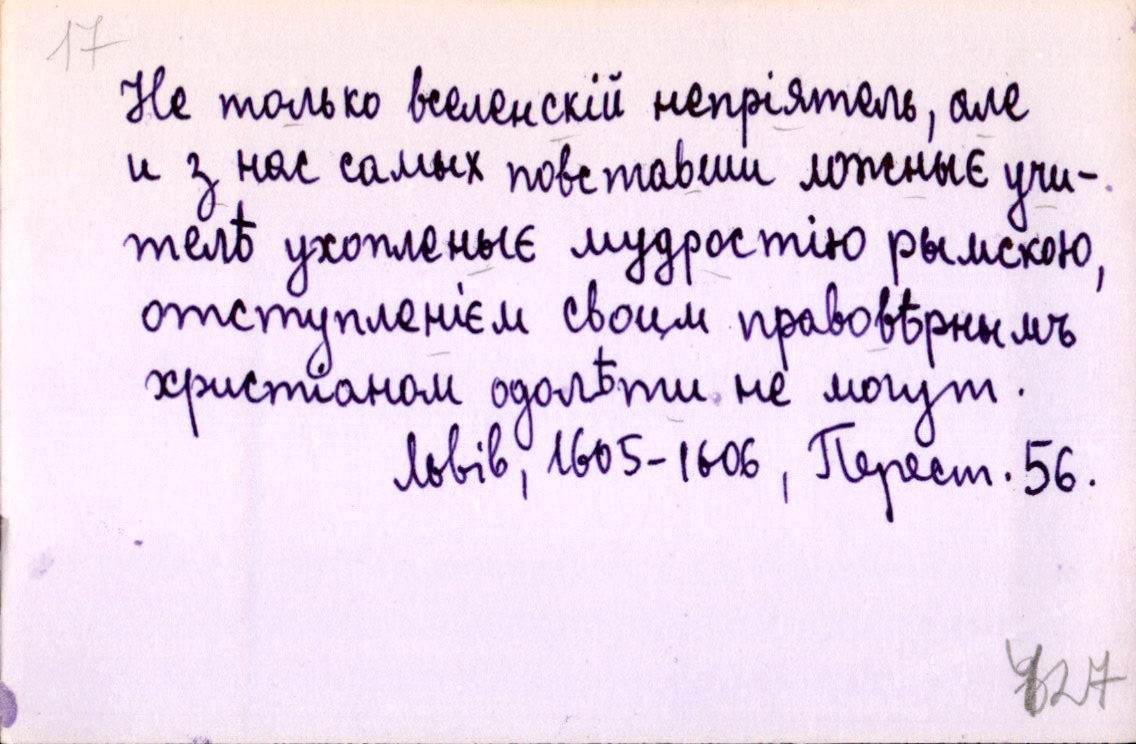
Не только вселенскій непріятель, але
и з нас самых повставши ложныє учи-
телѣ ухопленыє мудростію рымскою,
отступленієм своим правовѣрнымъ
христіаном одолѣти не могут.
Львів, 1605-1606, Перест. 56.